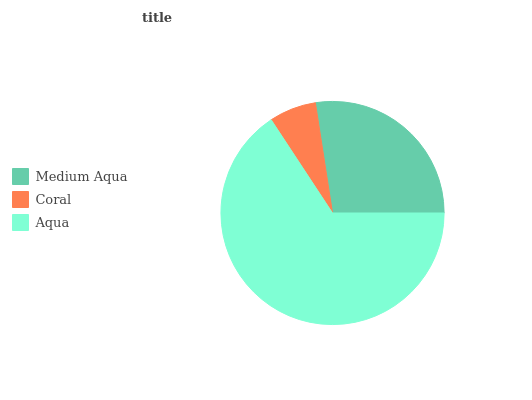
| Medium Aqua | Coral | Aqua |
 | --- | --- | --- |
 | 27.4% | 6.82% | 65.8% |